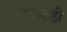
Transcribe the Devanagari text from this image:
लज्जतही